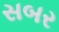
સબર